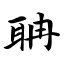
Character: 聃